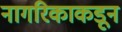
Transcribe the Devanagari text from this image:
नागरिकाकडून